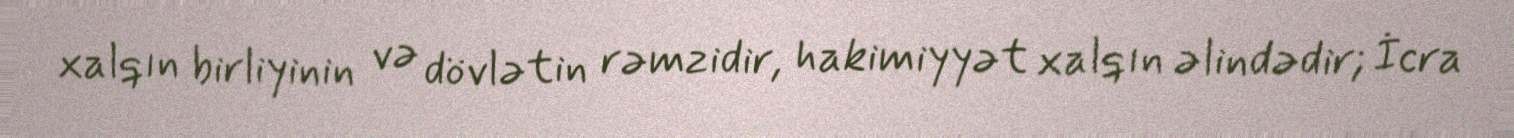
xalqın birliyinin və dövlətin rəmzidir, hakimiyyət xalqın əlindədir; İcra